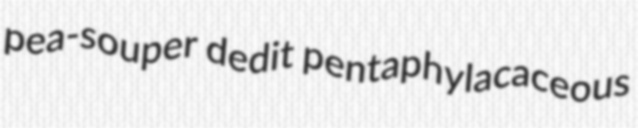
pea-souper dedit pentaphylacaceous